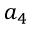
a _ { 4 }